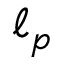
\ell _ { p }